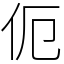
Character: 伌